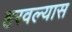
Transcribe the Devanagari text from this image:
हरवल्यास